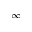
\infty